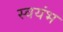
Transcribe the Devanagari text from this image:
स्वयंभ